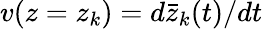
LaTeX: v(z=z_{k})=d\bar{z}_{k}(t)/dt